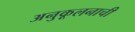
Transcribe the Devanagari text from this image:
अनुकूलनाची